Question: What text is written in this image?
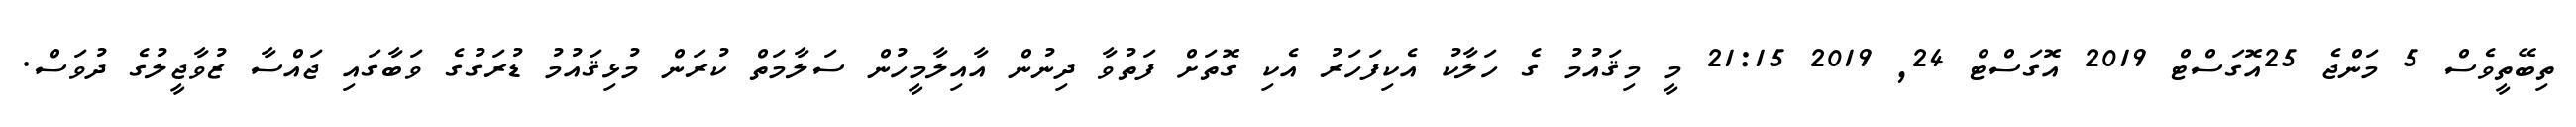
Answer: ތިބޭތީވެސް 5 މަންޖެ 25އޮގަސްޓް 2019 އޮގަސްޓް 24, 2019 21:15 މީ މިޤައުމު ގެ ހަލާކު އެކިފަހަރު އެކި ގޮތަށް ފަތުވާ ދިނުން އާއިލާމީހުން ސަލާމަތް ކުރަން މުޅިޤައުމު ޑުރަގުގެ ވަބާގައި ޖައްސާ ޒުވާޖީލުގެ ދުވަސް.